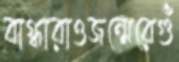
বাগ্ধারাওজন্মেরেগুঁ